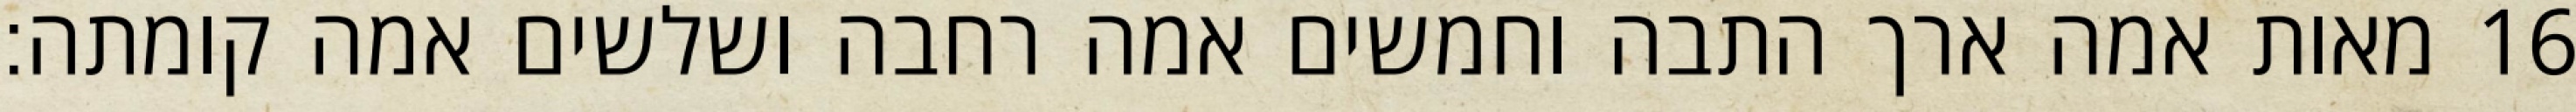
מאות אמה ארך התבה וחמשים אמה רחבה ושלשים אמה קומתה׃ ‎16‏